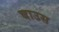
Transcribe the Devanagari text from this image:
बाउस